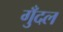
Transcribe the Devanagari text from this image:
गुँदल